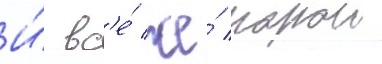
И́ вс'е́ же́ порои